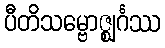
ပီတိသမ္ဗောဇ္ဈင်္ဂဿ